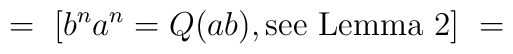
= \ [ b^na^n = Q (ab), {\hbox{see Lemma 2}}]\ =